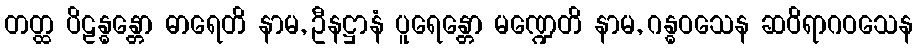
တတ္ထ ပိဠန္ဓန္တော ဓာရေတိ နာမ, ဦနဋ္ဌာနံ ပူရေန္တော မဏ္ဍေတိ နာမ, ဂန္ဓဝသေန ဆဝိရာဂဝသေန